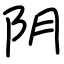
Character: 阴